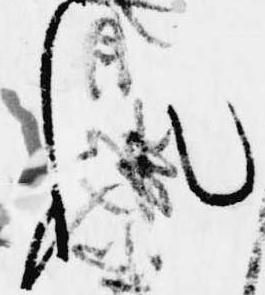
れ